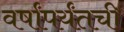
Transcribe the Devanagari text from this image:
वर्षांपर्यंतची